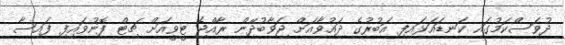
ދުވަސްކަމުގައި ކަނޑައަޅައިފި އަބުރުގެ ދައުވާއަށް ޖަވާބުދޭން ރާއްޖެ ޓީވީއަށް ޗިޓް ފޮނުވައިފި ފައިސާ